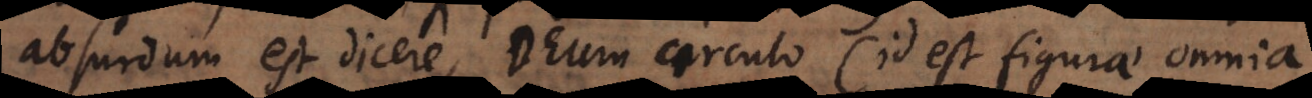
absurdum est dicere, Deum circulo (id est figurae omnia